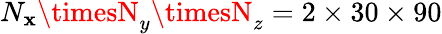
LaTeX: N_{\mathbf{x}}\timesN_{y}\timesN_{z}=2\times30\times90